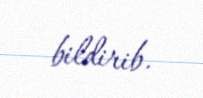
bildirib.